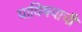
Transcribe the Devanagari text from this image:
याविषयाची